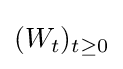
(W_{t})_{t\geq 0}